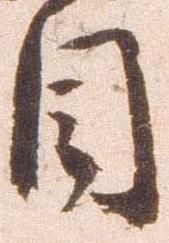
目